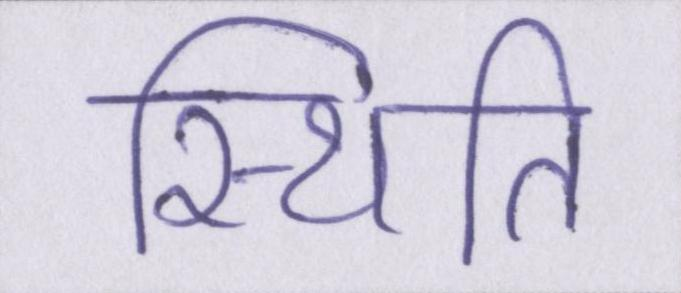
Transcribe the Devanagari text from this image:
स्थिति